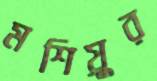
মশিয়ুর